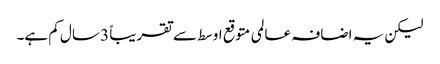
لیکن یہ اضافہ عالمی متوقع اوسط سے تقریباً 3 سال کم ہے۔